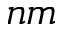
n m